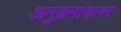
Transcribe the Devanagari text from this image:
अनुक्रमांकावर